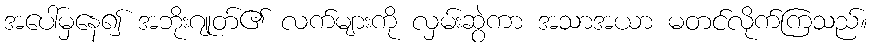
အပေါ်မှနေ၍ အဘိုးဂျုတ်၏ လက်များကို လှမ်းဆွဲကာ အသာအယာ မတင်လိုက်ကြသည်။